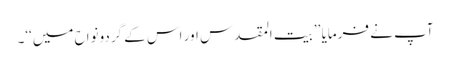
آپ نے فرمایا ’’بیت المقدس اور اس کے گردونواح میں‘‘۔